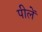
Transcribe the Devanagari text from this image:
पीलें